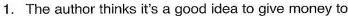
1.The author thinks it's a good idea to give money to